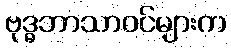
ဗုဒ္ဓဘာသာဝင်များက